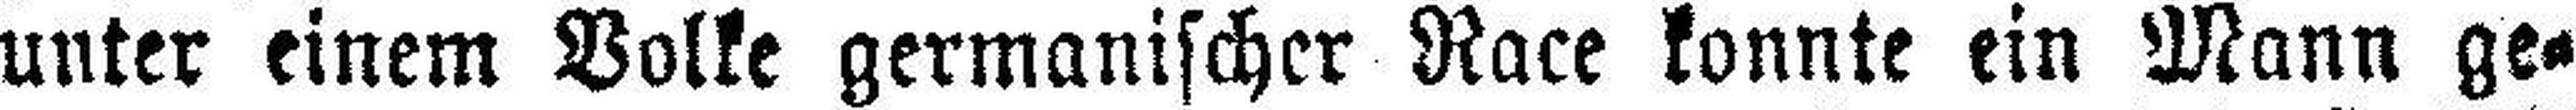
unter einem Volke germanischer Race konnte ein Mann ge¬